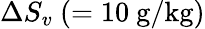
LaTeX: \Delta S_{v}~(=10\mathrm{\ g/kg)}